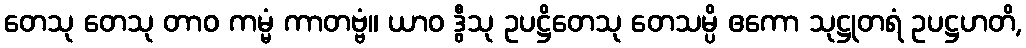
တေသု တေသု တာဝ ကမ္မံ ကာတဗ္ဗံ။ ယာဝ ဒွီသု ဥပဋ္ဌိတေသု တေသမ္ပိ ဧကော သုဋ္ဌုတရံ ဥပဋ္ဌဟတိ,